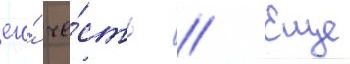
его́ че́сть // Еще